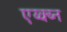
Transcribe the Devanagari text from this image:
एय्क्य्न